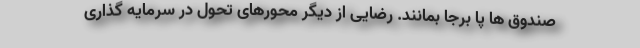
صندوق ها پا برجا بمانند. رضایی از دیگر محورهای تحول در سرمایه گذاری